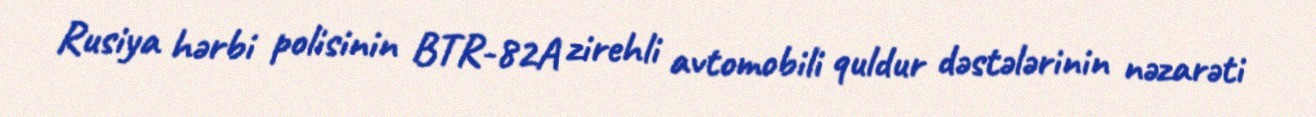
Rusiya hərbi polisinin BTR-82A zirehli avtomobili quldur dəstələrinin nəzarəti